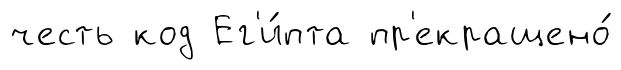
честь код Ег'и́пта пр'екращено́